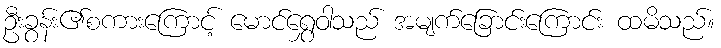
ဦးခွန်း၏စကားကြောင့် မောင်ရွှေဝါသည် အမျက်ခြောင်းကြောင်း ထမိသည်။